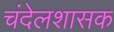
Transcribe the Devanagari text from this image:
चंदेलशासक